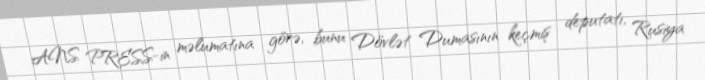
ANS PRESS-in məlumatına görə, bunu Dövlət Dumasının keçmiş deputatı, Rusiya